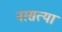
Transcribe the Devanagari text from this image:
नासत्या